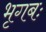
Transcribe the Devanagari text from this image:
भृगबः